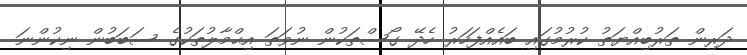
ދަރިން ތަރުބިއްޔަތު ކުރުމުގައި ބައެއްފަހަރު ހެދޭ ގޯސްތަކުން ނުވަތަ އިޙްމާލުތަކުގެ ސަބަބުން ނިކުންނަ